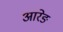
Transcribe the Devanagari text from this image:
आरेङ